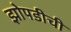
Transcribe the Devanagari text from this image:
झोपडीची